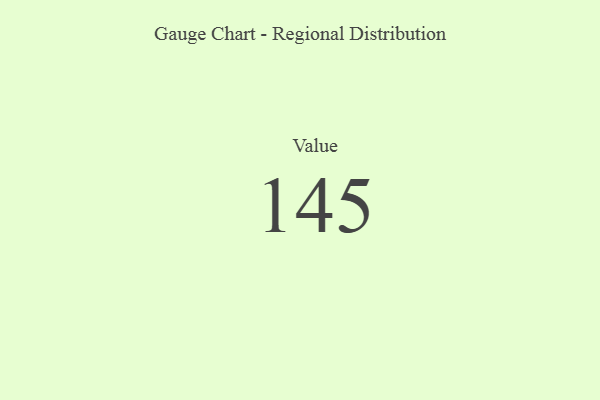
{"axis": {"x": "Metric", "y": "Value"}, "legend": [""], "data": [{"x": "Value", "y": 145, "type": ""}]}